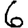
Digit: 6